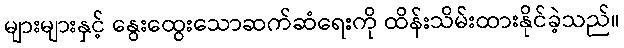
များများနှင့် နွေးထွေးသောဆက်ဆံရေးကို ထိန်းသိမ်းထားနိုင်ခဲ့သည်။